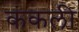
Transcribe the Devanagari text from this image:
कंकली